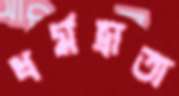
ধর্মভ্রাতা